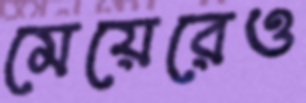
মেয়েরেও